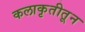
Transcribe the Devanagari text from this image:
कलाकृतीतून